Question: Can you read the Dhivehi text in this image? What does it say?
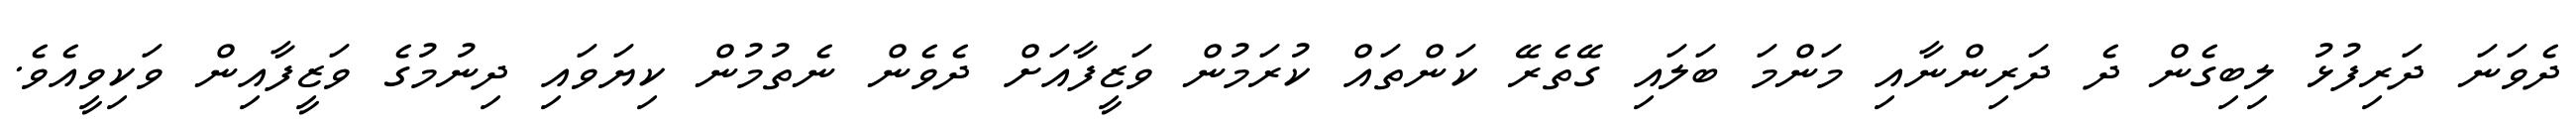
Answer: ދެވަނަ ދަރިފުޅު ލިބިގެން ދެ ދަރިންނާއި މަންމަ ބަލައި ގޭތެރޭ ކަންތައް ކުރަމުން ވަޒީފާއަށް ދެވެން ނެތުމުން ކިޔަވައި ދިނުމުގެ ވަޒީފާއިން ވަކިވީއެވެ.